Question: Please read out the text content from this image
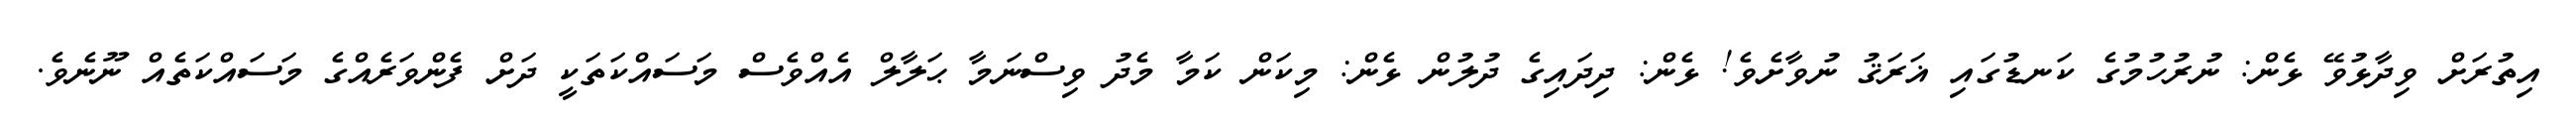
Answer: އިތުރަށް ވިދާޅުވޭ ޅެން: ނުރުހުމުގެ ކަނޑުގައި ޣަރަޤު ނުވާށެވެ! ޅެން: ދިދައިގެ ދުލުން ޅެން: މިކަން ކަމާ މެދު ވިސްނަމާ ޙަލާލް އެއްވެސް މަސައްކަތަކީ ދަށް ފެންވަރެއްގެ މަސައްކަތެއް ނޫނެވެ.